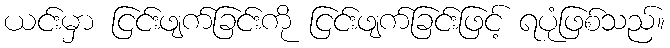
ယင်းမှာ ငြင်းဖျက်ခြင်းကို ငြင်းဖျက်ခြင်းဖြင့် ရပုံဖြစ်သည်။